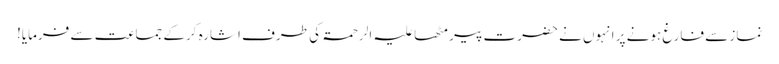
نماز سے فارغ ہونے پر انہوں نے حضرت پیر مٹھا علیہ الرحمۃ کی طرف اشارہ کرکے جماعت سے فرمایا!